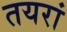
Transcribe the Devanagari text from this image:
तयरां